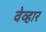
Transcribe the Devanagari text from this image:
वेव्हार